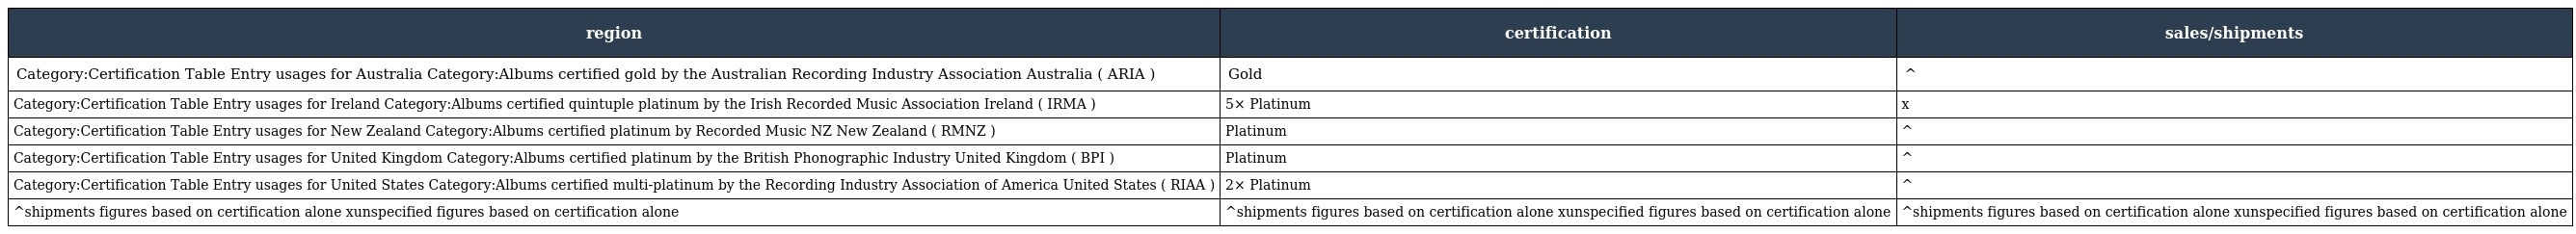
| region | certification | sales/shipments |
 | --- | --- | --- |
 | Category:Certification Table Entry usages for Australia Category:Albums certified gold by the Australian Recording Industry Association Australia ( ARIA ) | Gold | ^ |
 | Category:Certification Table Entry usages for Ireland Category:Albums certified quintuple platinum by the Irish Recorded Music Association Ireland ( IRMA ) | 5× Platinum | x |
 | Category:Certification Table Entry usages for New Zealand Category:Albums certified platinum by Recorded Music NZ New Zealand ( RMNZ ) | Platinum | ^ |
 | Category:Certification Table Entry usages for United Kingdom Category:Albums certified platinum by the British Phonographic Industry United Kingdom ( BPI ) | Platinum | ^ |
 | Category:Certification Table Entry usages for United States Category:Albums certified multi-platinum by the Recording Industry Association of America United States ( RIAA ) | 2× Platinum | ^ |
 | ^shipments figures based on certification alone xunspecified figures based on certification alone | ^shipments figures based on certification alone xunspecified figures based on certification alone | ^shipments figures based on certification alone xunspecified figures based on certification alone |